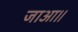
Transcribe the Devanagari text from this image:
जाआ।।